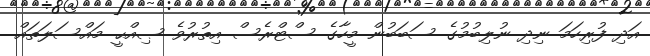
އަދި ފުރިހަމަ ނިދި ނުލިބުމުގެ ސަބަބުން މީހާގެ ސްޓްރެސް އިތުރުވެ ޞިއްޙީ މައްސަލަތައް